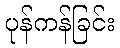
ပုန်ကန်ခြင်း